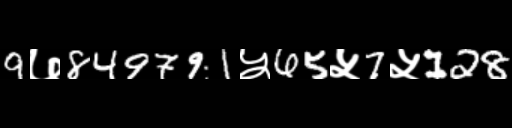
Text: 9७849791५65५7५128